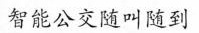
智能公交随叫随到